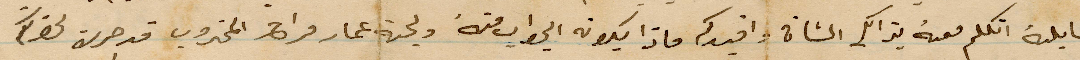
اقابله أتكلم مه بذات الشأن وافيدكم ماذا يكون الجواب منه ولجهة عمار فراح المجذوب قد جرت لحضرتكم